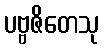
ပဗ္ဗဇိတေသု